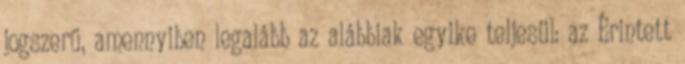
jogszerű, amennyiben legalább az alábbiak egyike teljesül: az Érintett